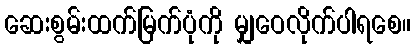
ဆေးစွမ်းထက်မြက်ပုံကို မျှဝေလိုက်ပါရစေ။